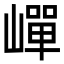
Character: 㠆